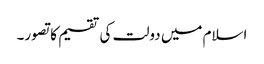
اسلام میں دولت کی تقسیم کا تصور۔